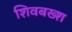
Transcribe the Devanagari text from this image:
शिवबख्श